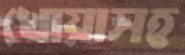
খোয়াসহ